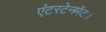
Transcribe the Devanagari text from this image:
एंटरटेनमेंट।